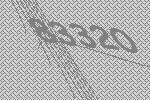
83320